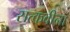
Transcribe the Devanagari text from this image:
सत्कवीनां